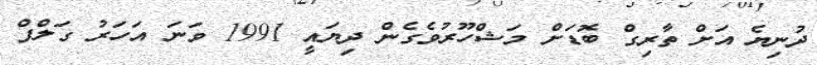
ދުނިޔެ އަށް ތާރިގް ބޮޑަށް މަޝްހޫރުވެގެން ދިޔައީ 1991 ވަނަ އަހަރު ގަލްފް